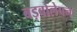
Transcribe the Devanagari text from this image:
बड़बोलेपन